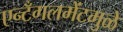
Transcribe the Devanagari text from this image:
एन्टँगलमेंटमुळे